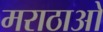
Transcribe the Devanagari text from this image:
मराठाओ